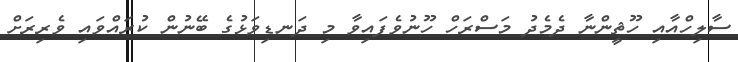
ސާލިހްއާއި ހޫޘީންނާ ދެމެދު މަސްރަހް ހޫނުވެފައިވާ މި ދަނޑިވަޅުގެ ބޭނުން ކުރައްވައި ވެރިރަށް